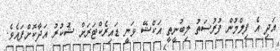
އަދި އެ ފިލްމުން ފުރުސަތު ލިބުނީތީ އަކްޝޭ ވަނީ ޑައިރެކްޓަރަށް ޝުކުރު އަދާކޮށްފައެވެ.